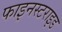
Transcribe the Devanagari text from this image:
फाइनस्टराइड